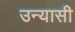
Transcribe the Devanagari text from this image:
उन्यासी